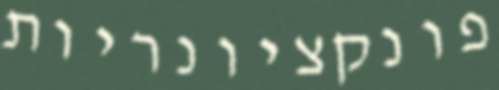
פונקציונריות